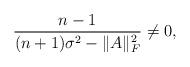
LaTeX: \begin{align*}\frac{n-1}{(n+1) \sigma^2-\|A\|_F^2}\not=0,\end{align*}